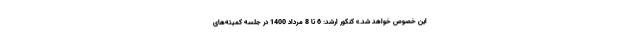
این خصوص خواهد شد.» کنکور ارشد: 6 تا 8 مرداد 1400 در جلسه کمیته‌های